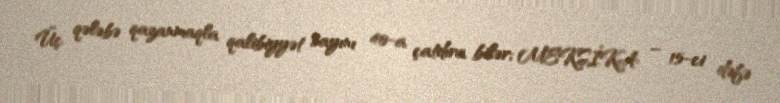
Üç qələbə qazanmaqla qalibiyyət sayını 40-a çatdıra bilər; MEKSİKA – 15-ci dəfə